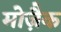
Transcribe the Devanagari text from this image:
मोज़ैक